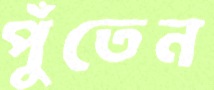
পুঁতেন